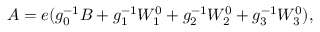
A = e ( g _ { 0 } ^ { - 1 } B + g _ { 1 } ^ { - 1 } W _ { 1 } ^ { 0 } + g _ { 2 } ^ { - 1 } W _ { 2 } ^ { 0 } + g _ { 3 } ^ { - 1 } W _ { 3 } ^ { 0 } ) ,